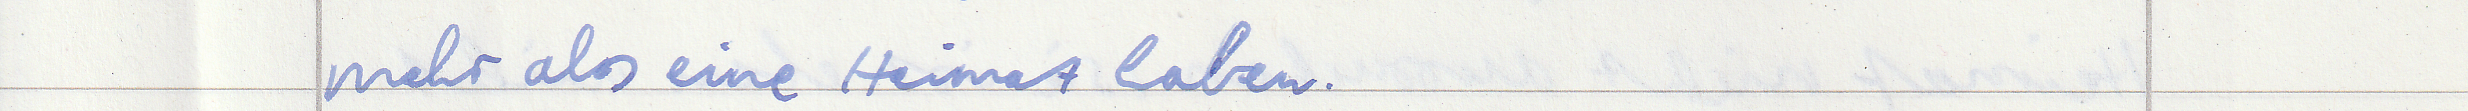
mehr als eine Heimat haben.